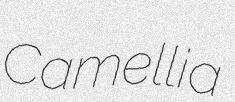
Camellia